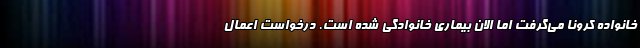
خانواده کرونا می‌گرفت اما الان بیماری خانوادگی شده است. درخواست اعمال